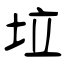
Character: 垃